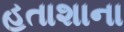
હતાશાના